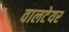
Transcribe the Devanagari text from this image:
वालटेयर